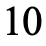
10